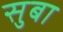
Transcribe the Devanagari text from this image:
सुबा